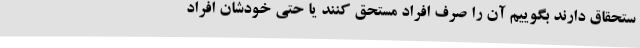
ستحقاق دارند بگوییم آن را صرف افراد مستحق کنند یا حتی خودشان افراد